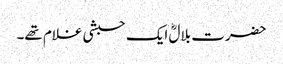
حضرت بلالؓ ایک حبشی غلام تھے۔